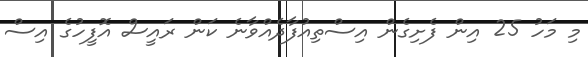
މި މަހު 25 އިން ފެށިގެން އިސްތިއުފާދެއްވާނެ ކަން ރައީސް އޮފީހުގެ އިސް